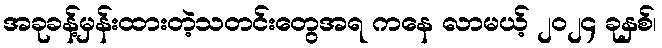
အခုခန့်မှန်းထားတဲ့သတင်းတွေအရ ကနေ လာမယ့် ၂၀၂၄ ခုနှစ်၊